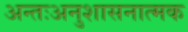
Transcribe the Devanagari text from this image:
अन्तःअनुशासनात्मक